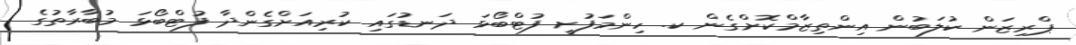
ޕްރިޒަން ކުލަބުން އިންތިޒާމްކޮށްގެން ކ. ހިންމަފުށީ ފުޓްބޯޅަ ދަނޑުގައި ކުރިއަށްގެންދާ ފުޓްބޯޅަ މުބާރާތުގެ